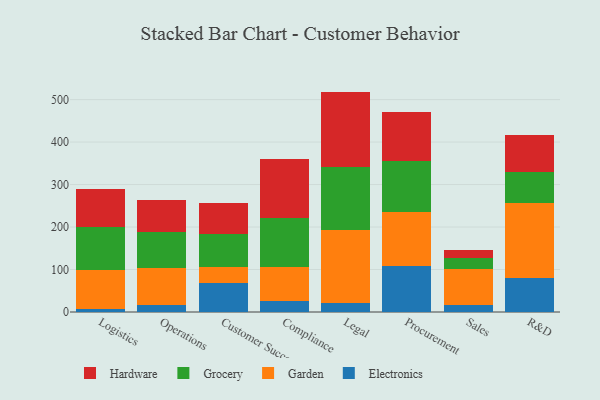
{"axis": {"x": "Department", "y": "Temperature (°C)"}, "legend": ["Electronics", "Garden", "Grocery", "Hardware"], "data": [{"x": "Logistics", "y": 7.7, "type": "Electronics"}, {"x": "Logistics", "y": 90.2, "type": "Garden"}, {"x": "Logistics", "y": 101.2, "type": "Grocery"}, {"x": "Logistics", "y": 91.4, "type": "Hardware"}, {"x": "Operations", "y": 16.7, "type": "Electronics"}, {"x": "Operations", "y": 86.6, "type": "Garden"}, {"x": "Operations", "y": 84.9, "type": "Grocery"}, {"x": "Operations", "y": 76.3, "type": "Hardware"}, {"x": "Customer Success", "y": 68.3, "type": "Electronics"}, {"x": "Customer Success", "y": 37.6, "type": "Garden"}, {"x": "Customer Success", "y": 78.6, "type": "Grocery"}, {"x": "Customer Success", "y": 71.3, "type": "Hardware"}, {"x": "Compliance", "y": 26.8, "type": "Electronics"}, {"x": "Compliance", "y": 80.1, "type": "Garden"}, {"x": "Compliance", "y": 115.0, "type": "Grocery"}, {"x": "Compliance", "y": 138.2, "type": "Hardware"}, {"x": "Legal", "y": 22.3, "type": "Electronics"}, {"x": "Legal", "y": 171.5, "type": "Garden"}, {"x": "Legal", "y": 146.4, "type": "Grocery"}, {"x": "Legal", "y": 178.6, "type": "Hardware"}, {"x": "Procurement", "y": 107.3, "type": "Electronics"}, {"x": "Procurement", "y": 128.3, "type": "Garden"}, {"x": "Procurement", "y": 119.2, "type": "Grocery"}, {"x": "Procurement", "y": 115.8, "type": "Hardware"}, {"x": "Sales", "y": 17.3, "type": "Electronics"}, {"x": "Sales", "y": 82.9, "type": "Garden"}, {"x": "Sales", "y": 27.1, "type": "Grocery"}, {"x": "Sales", "y": 18.4, "type": "Hardware"}, {"x": "R&D", "y": 79.3, "type": "Electronics"}, {"x": "R&D", "y": 177.0, "type": "Garden"}, {"x": "R&D", "y": 72.4, "type": "Grocery"}, {"x": "R&D", "y": 88.3, "type": "Hardware"}]}